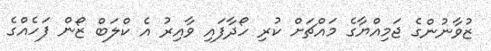
ޒުވާނުންގެ ޖަމިއްޔާގެ މައްޗަށް ކުރި ހޯދާފައި ވާއިރު އެ ކްލަބް ޒޯން ފަހެއްގެ